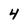
Character: 4